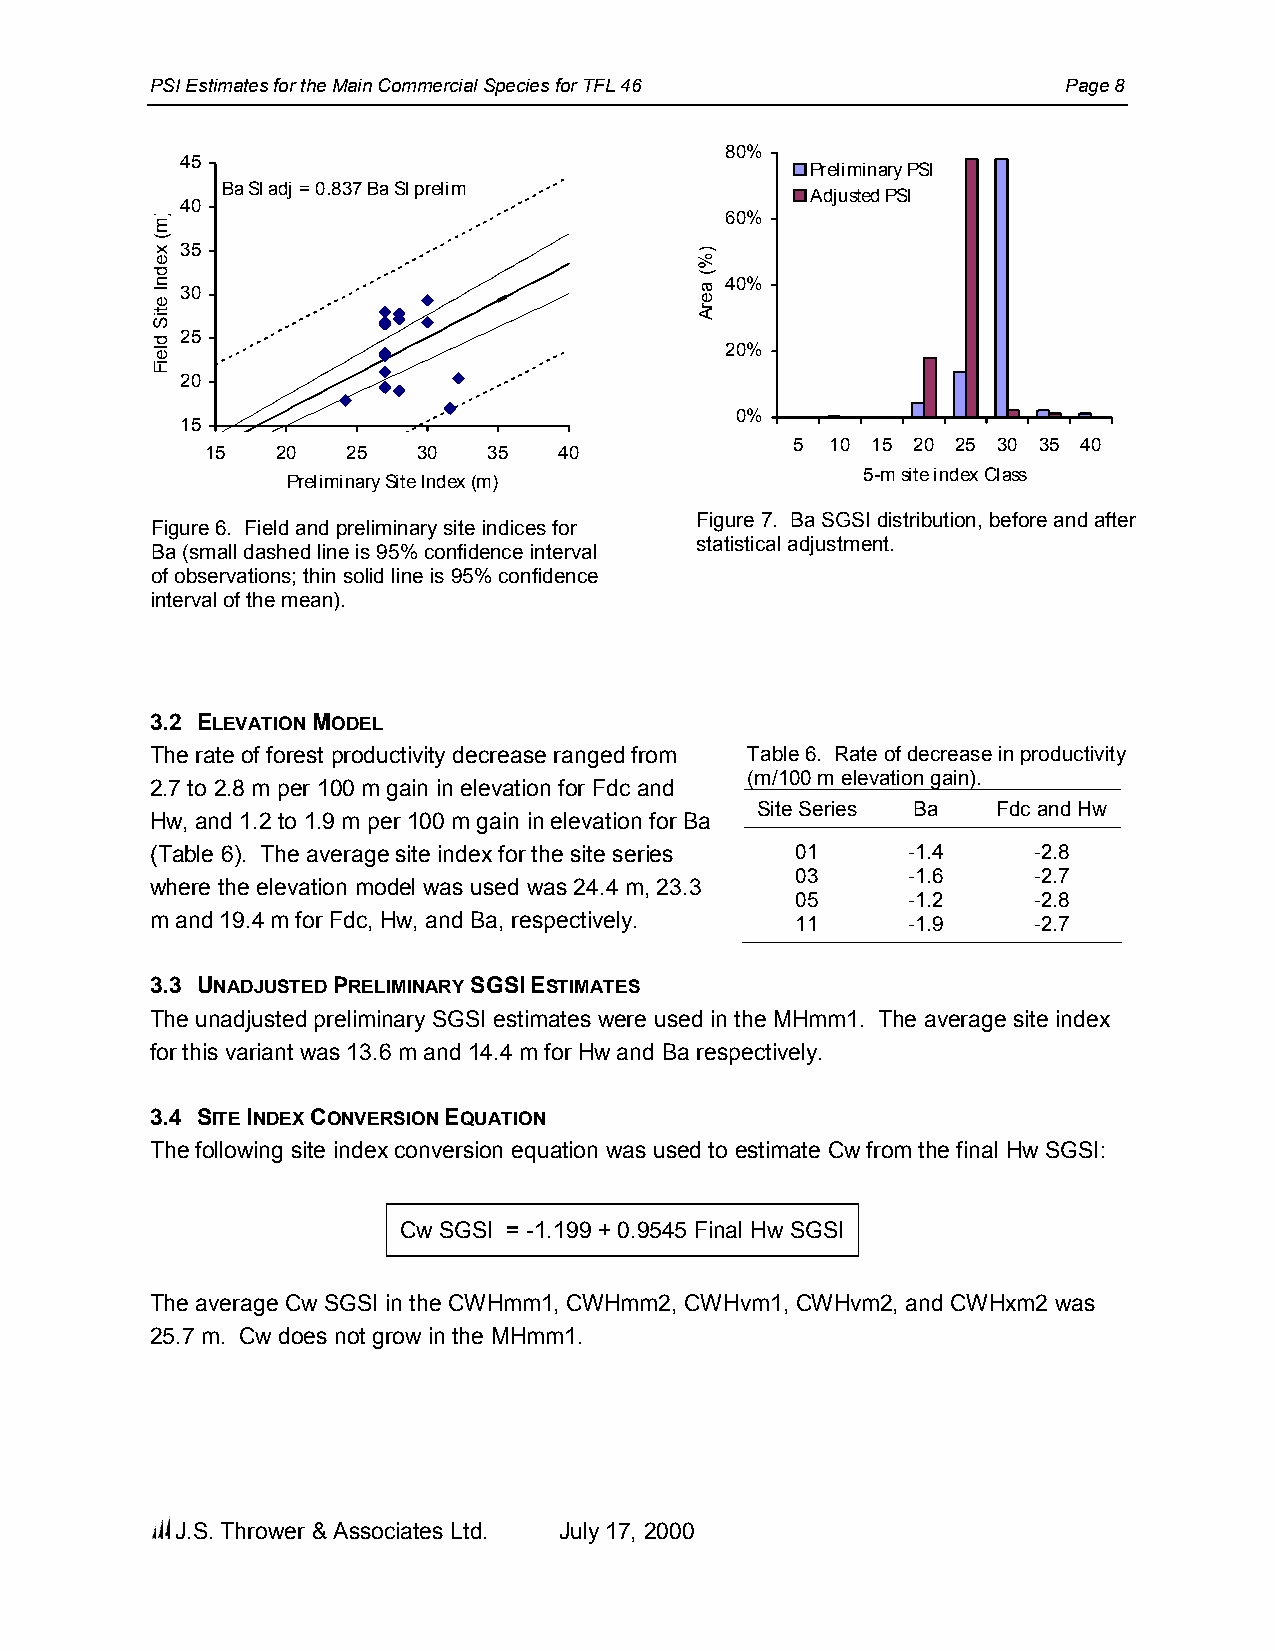
PSI Estimates for the Main Commercial Species for TFL 46     Page 8
 80%
 45
 Preliminary PSI
 Ba SI adj = 0.837 Ba SI prelim
 Adjusted PSI
 40
 60%
 35
 40% 30
 25
 20%
 20
 0%
 15
 5 10 15 20 25 30 35 40
 15  20   25   30  35   40
 5-m site index Class
 Preliminary Site Index (m)
 Figure 7. Ba SGSI distribution, before and after
 Figure 6. Field and preliminary site indices for
 statistical adjustment.
 Ba (small dashed line is 95% confidence interval
 of observations; thin solid line is 95% confidence
 interval of the mean).
 3.2 ELEVATION MODEL
 The rate of forest productivity decrease ranged from Table 6. Rate of decrease in productivity
 (m/100 m elevation gain).
 2.7 to 2.8 m per 100 m gain in elevation for Fdc and
 Site Series Ba  Fdc and Hw
 Hw, and 1.2 to 1.9 m per 100 m gain in elevation for Ba
 (Table 6). The average site index for the site series 01 -1.4 -2.8
 03     -1.6    -2.7
 where the elevation model was used was 24.4 m, 23.3
 05     -1.2    -2.8
 m and 19.4 m for Fdc, Hw, and Ba, respectively. 11 -1.9   -2.7
 3.3 UNADJUSTED PRELIMINARY SGSI ESTIMATES
 The unadjusted preliminary SGSI estimates were used in the MHmm1. The average site index
 for this variant was 13.6 m and 14.4 m for Hw and Ba respectively.
 3.4 SITE INDEX CONVERSION EQUATION
 The following site index conversion equation was used to estimate Cw from the final Hw SGSI:
 Cw SGSI = -1.199 + 0.9545 Final Hw SGSI
 The average Cw SGSI in the CWHmm1, CWHmm2, CWHvm1, CWHvm2, and CWHxm2 was
 25.7 m. Cw does not grow in the MHmm1.
 J.S. Thrower & Associates Ltd. July 17, 2000
 )m(
 xednI
 etiS
 dleiF
 )%(
 aerA